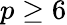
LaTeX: p\geq 6